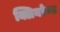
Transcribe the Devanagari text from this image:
क्लियरेन्स